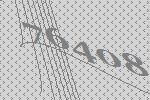
76408